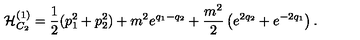
{ \cal H } _ { C _ { 2 } } ^ { ( 1 ) } = { \frac { 1 } { 2 } } ( p _ { 1 } ^ { 2 } + p _ { 2 } ^ { 2 } ) + m ^ { 2 } e ^ { q _ { 1 } - q _ { 2 } } + { \frac { m ^ { 2 } } { 2 } } \left( e ^ { 2 q _ { 2 } } + e ^ { - 2 q _ { 1 } } \right) .